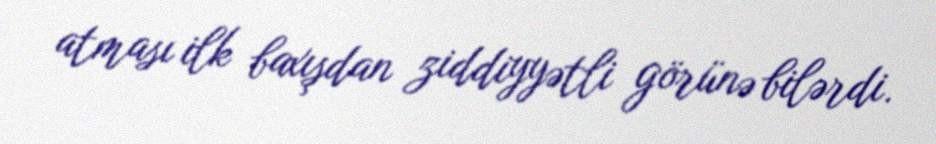
atması ilk baxışdan ziddiyyətli görünə bilərdi.